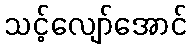
သင့်လျော်အောင်